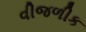
વીજળીક